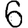
Digit: 6